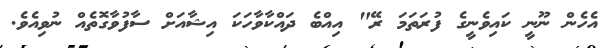
އެހެން ނޫނީ ކައިވެނީގެ ފުރަތަމަ ރޭ" އިއްބެ ދައްކާވާހަކަ އިޝާއަށް ސާފުވާގޮތެއް ނުވިއެވެ.